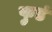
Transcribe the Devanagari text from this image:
फुडं